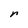
Character: r